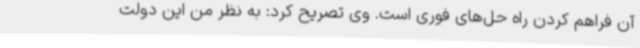
آن فراهم کردن راه حل‌های فوری است. وی تصریح کرد: به نظر من این دولت